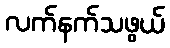
လက်နက်သဖွယ်